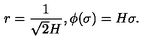
r = \frac { 1 } { \sqrt { 2 } H } , \phi ( \sigma ) = H \sigma .